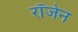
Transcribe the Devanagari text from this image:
रॉजेन